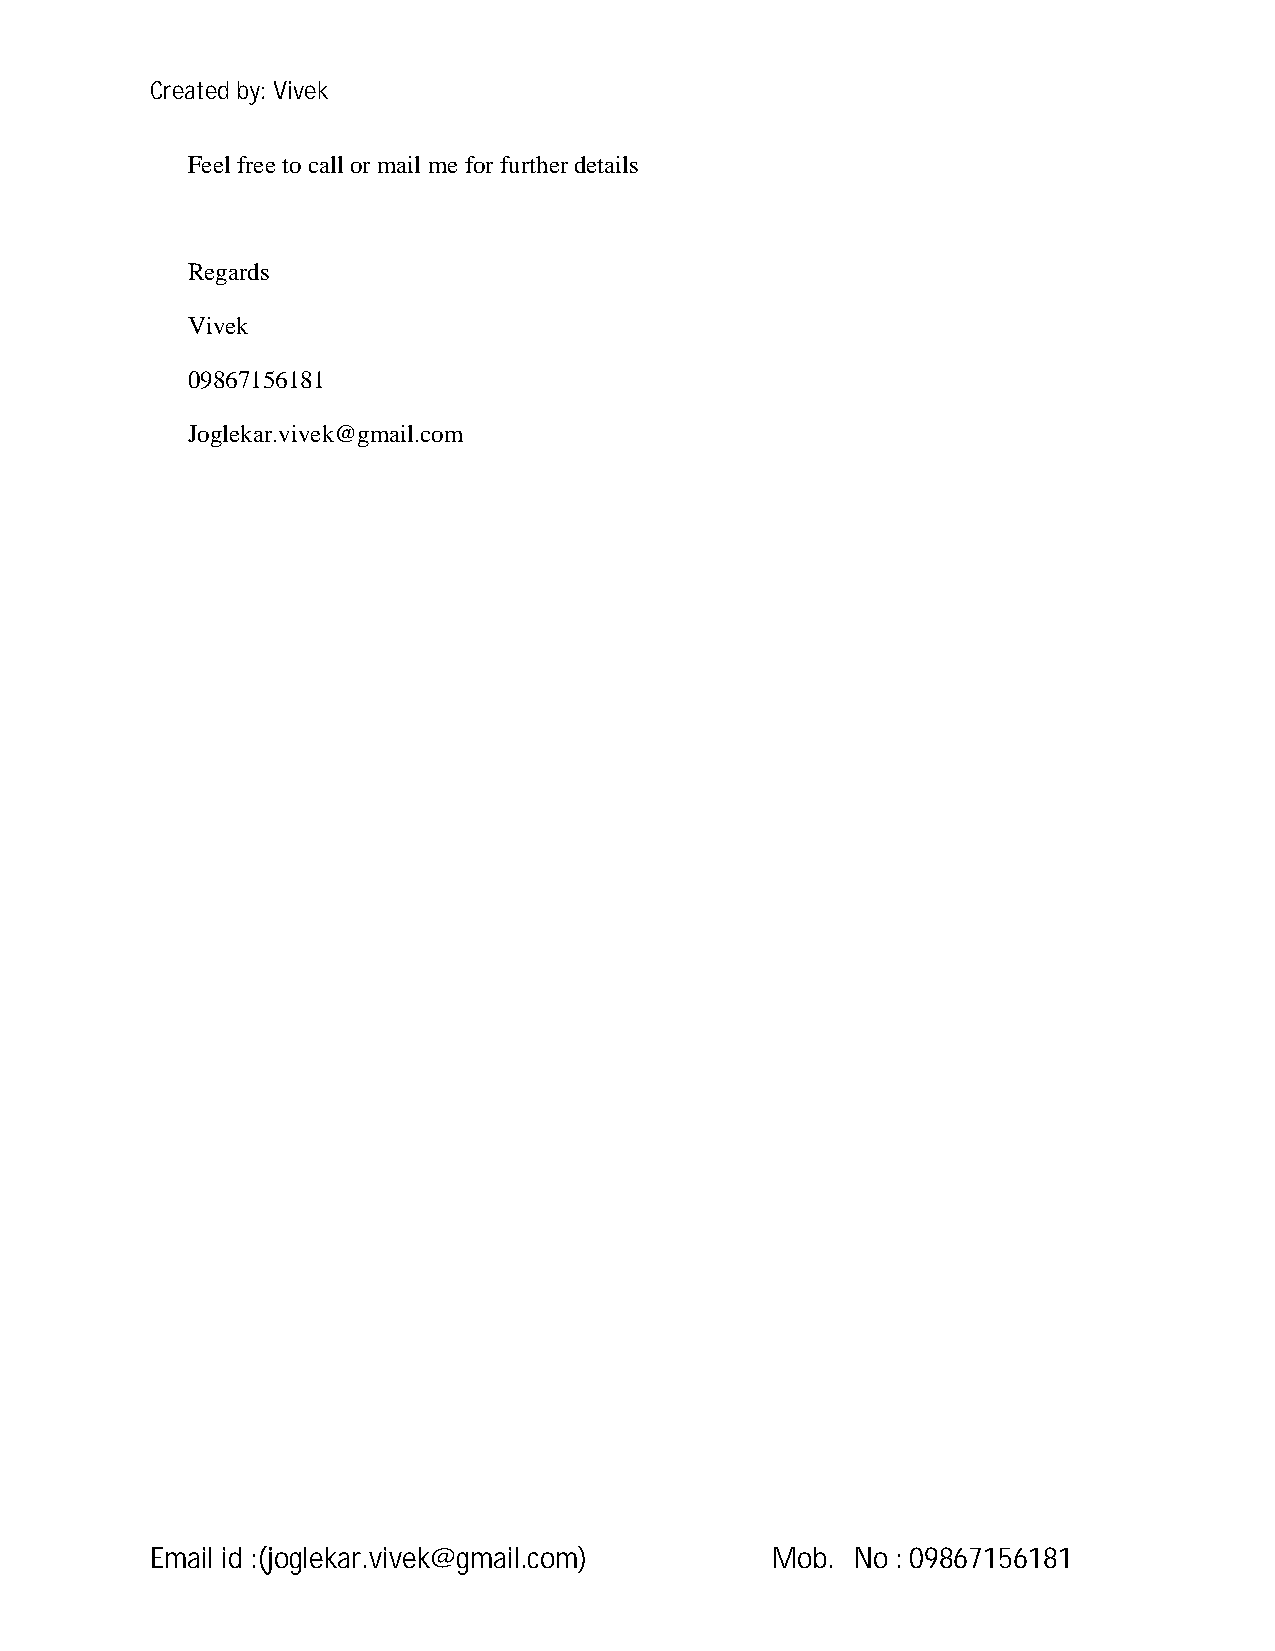
Created by: Vivek
 Feel free to call or mail me for further details
 Regards
 Vivek
 09867156181
 Joglekar.vivek@gmail.com
 Email id :(joglekar.vivek@gmail.com)     Mob.  No : 09867156181